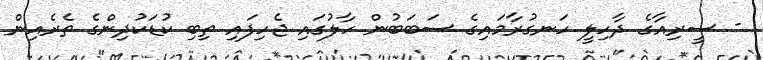
- ސީރިއާގެ ދާހިލީ ހަނގުރާމައިގެ ސަބަބުން ހާލުގައި ޖެހިފައި ތިބި ކުޑަކުދިންގެ ތެރެއިން